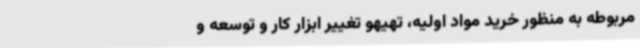
مربوطه به منظور خرید مواد اولیه، تهیهو تغییر ابزار کار و توسعه و